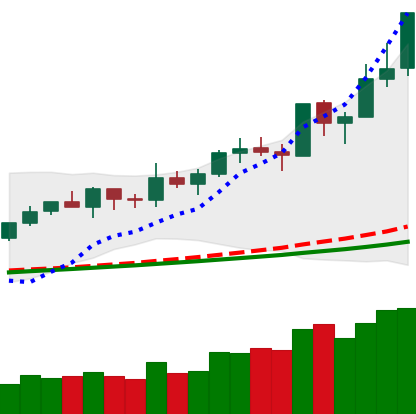
Ticker: NEO-USD
Chart end date: 2020-02-14
Forward return: -15.495%
Label: down_7plus